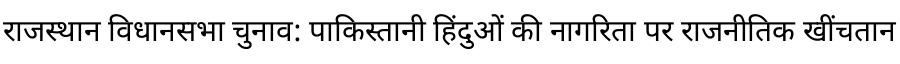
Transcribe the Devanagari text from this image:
राजस्थान विधानसभा चुनाव: पाकिस्तानी हिंदुओं की नागरिता पर राजनीतिक खींचतान